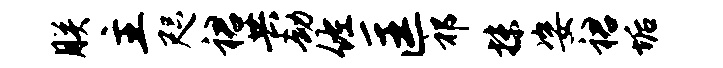
朕主咫裙共劫佐匡祁抹姿裙垢